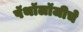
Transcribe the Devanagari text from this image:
पॅथॉलॉजीचे